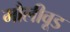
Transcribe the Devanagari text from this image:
मौलीवूड